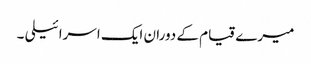
میرے قیام کے دوران ایک اسرائیلی ۔